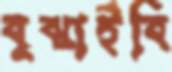
বুঝাইবি